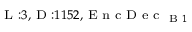
_ { \textrm { L } : 3 , \textrm { D } : 1 1 5 2 , \textrm { E n c D e c } _ { \textrm { B } 1 } }